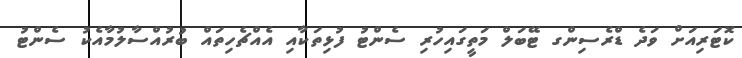
ކޮޓަރިއަށް ވަދެ ޑްރެސިންގ ޓޭބަލް މަތީގައިހުރި ސެންޓު ފުޅިތަކާއި އެއްޗެހިތައް ބުރުއްސާލުމާއެކު ސެންޓު